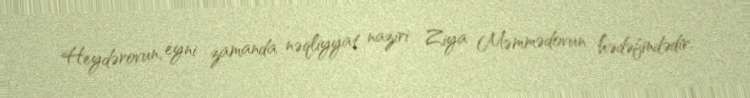
Heydərovun, eyni zamanda nəqliyyat naziri Ziya Məmmədovun hədəfindədir.